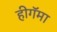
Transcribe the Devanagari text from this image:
हीगॅमा